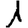
Digit: 1